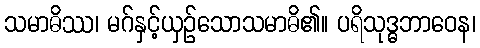
သမာဓိဿ၊ မဂ်နှင့်ယှဉ်သောသမာဓိ၏။ ပရိသုဒ္ဓဘာဝေန၊